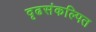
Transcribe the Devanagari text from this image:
दृढसंकल्पित